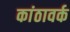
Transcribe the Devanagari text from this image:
कांठावर्क